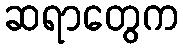
ဆရာတွေက